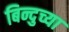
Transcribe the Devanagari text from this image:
बिन्दुच्या